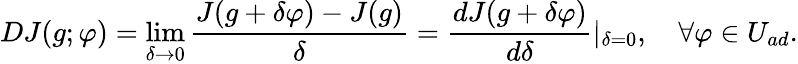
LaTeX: DJ(g;\varphi)=\operatorname*{lim}_{\delta\to 0}\frac{J(g+\delta\varphi)-J(g)}{\delta}=\frac{dJ(g+\delta\varphi)}{d\delta}|_{\delta=0},\quad\forall\varphi\in U_{ad}.